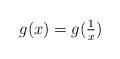
LaTeX: \begin{align*}g(x) = g(\tfrac{1}{x})\end{align*}